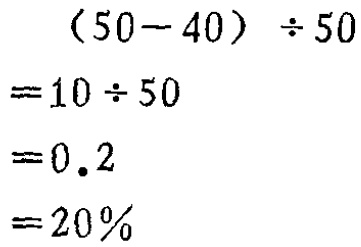
\[

\begin{align*}

&(50 - 40)\div50\\

=&10\div50\\

=&0.2\\

=&20\%

\end{align*}

\]